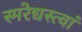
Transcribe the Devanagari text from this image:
स्मरेद्यस्त्वां